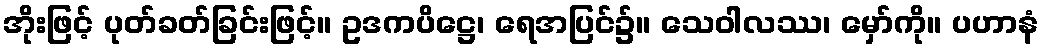
အိုးဖြင့် ပုတ်ခတ်ခြင်းဖြင့်။ ဥဒကပိဋ္ဌေ၊ ရေအပြင်၌။ သေဝါလဿ၊ မှော်ကို။ ပဟာနံ